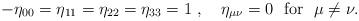
LaTeX: \begin{align*}-\eta_{00} = \eta_{11} = \eta_{22} = \eta_{33} = 1~,~~~ \eta_{\mu\nu} = 0 ~~{\rm for}~~ \mu \neq \nu.\end{align*}